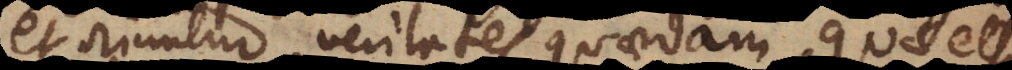
et oriuntur veritates quaedam, quae et